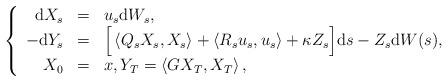
LaTeX: \begin{align*}\left\{\begin{array}{rcl}\mathrm{d}X_{s} & = & u_{s}\mathrm{d}W_{s}, \\-\mathrm{d}Y_{s} & = & \Big [\left\langle Q_{s}X_{s},X_{s}\right\rangle+\left\langle R_{s}u_{s},u_{s}\right\rangle +\kappa Z_{s}\Big ]\mathrm{d}s-Z_{s}\mathrm{d}W(s), \\X_{0} & = & x,Y_{T}=\left\langle GX_{T},X_{T}\right\rangle ,\end{array}\right. \end{align*}